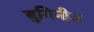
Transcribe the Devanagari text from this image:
बुगिनीज